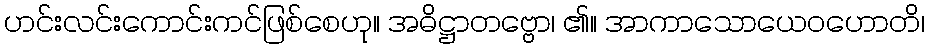
ဟင်းလင်းကောင်းကင်ဖြစ်စေဟု။ အဓိဋ္ဌာတဗ္ဗော၊ ၏။ အာကာသောယေဝဟောတိ၊